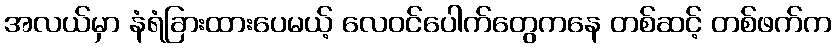
အလယ်မှာ နံရံခြားထားပေမယ့် လေဝင်ပေါက်တွေကနေ တစ်ဆင့် တစ်ဖက်က